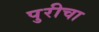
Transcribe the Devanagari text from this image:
पुरीचा